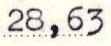
28,63